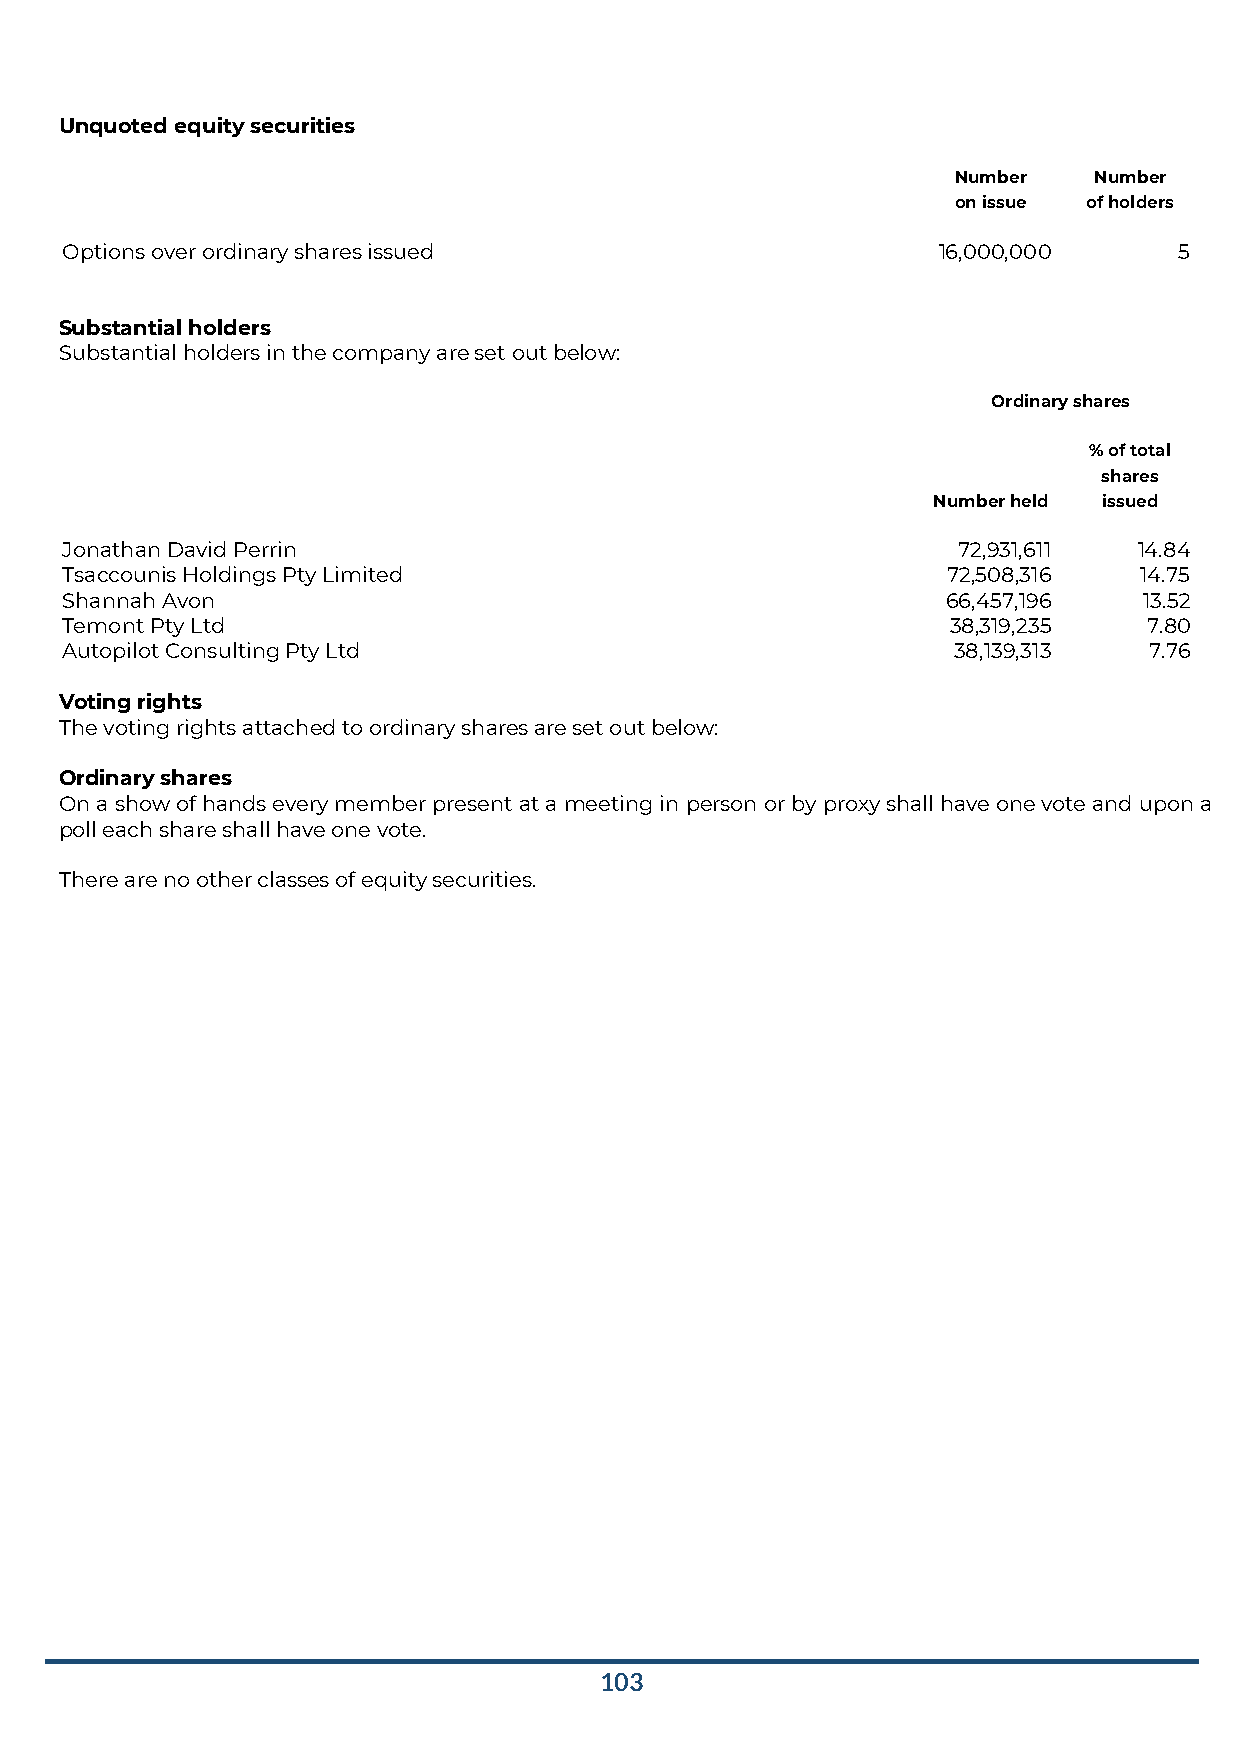
Unquoted equity securities
 Number   Number
 on issue of holders
 Options over ordinary shares issued                       16,000,000      5
 Substantial holders
 Substantial holders in the company are set out below:
 Ordinary shares
 % of total
 shares
 Number held issued
 Jonathan David Perrin                                      72,931,611  14.84
 Tsaccounis Holdings Pty Limited                            72,508,316  14.75
 Shannah Avon                                               66,457,196   13.52
 Temont Pty Ltd                                             38,319,235   7.80
 Autopilot Consulting Pty Ltd                               38,139,313   7.76
 Voting rights
 The voting rights attached to ordinary shares are set out below:
 Ordinary shares
 On a show of hands every member present at a meeting in person or by proxy shall have one vote and upon a
 poll each share shall have one vote.
 There are no other classes of equity securities.
 103